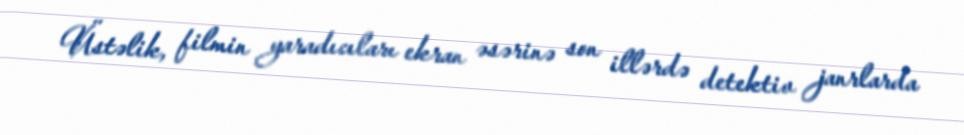
Üstəlik, filmin yaradıcıları ekran əsərinə son illərdə detektiv janrlarda